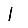
Digit: 1